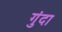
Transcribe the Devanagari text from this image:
गुंदा